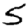
Digit: 5